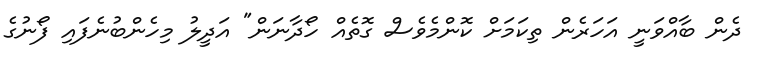
ދެން ބާއްވަނީ އަހަރެން ތިކަމަށް ކޮންމެވެސް ގޮތެއް ހޯދާނަން" އަދީލު މިހެންބުނެފައި ފޯނުގެ